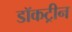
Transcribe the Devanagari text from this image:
डॉकट्रीन